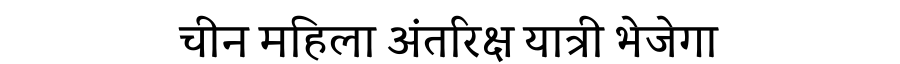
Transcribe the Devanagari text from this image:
चीन महिला अंतरिक्ष यात्री भेजेगा